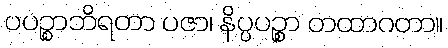
ပပဉ္စာဘိရတာ ပဇာ၊ နိပ္ပပဉ္စာ တထာဂတာ။